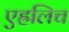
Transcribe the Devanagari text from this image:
एह्रलिच